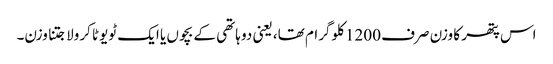
اس پتھر کا وزن صرف 1200 کلوگرام تھا، یعنی دو ہاتھی کے بچوں یا ایک ٹویوٹا کرولا جتنا وزن۔